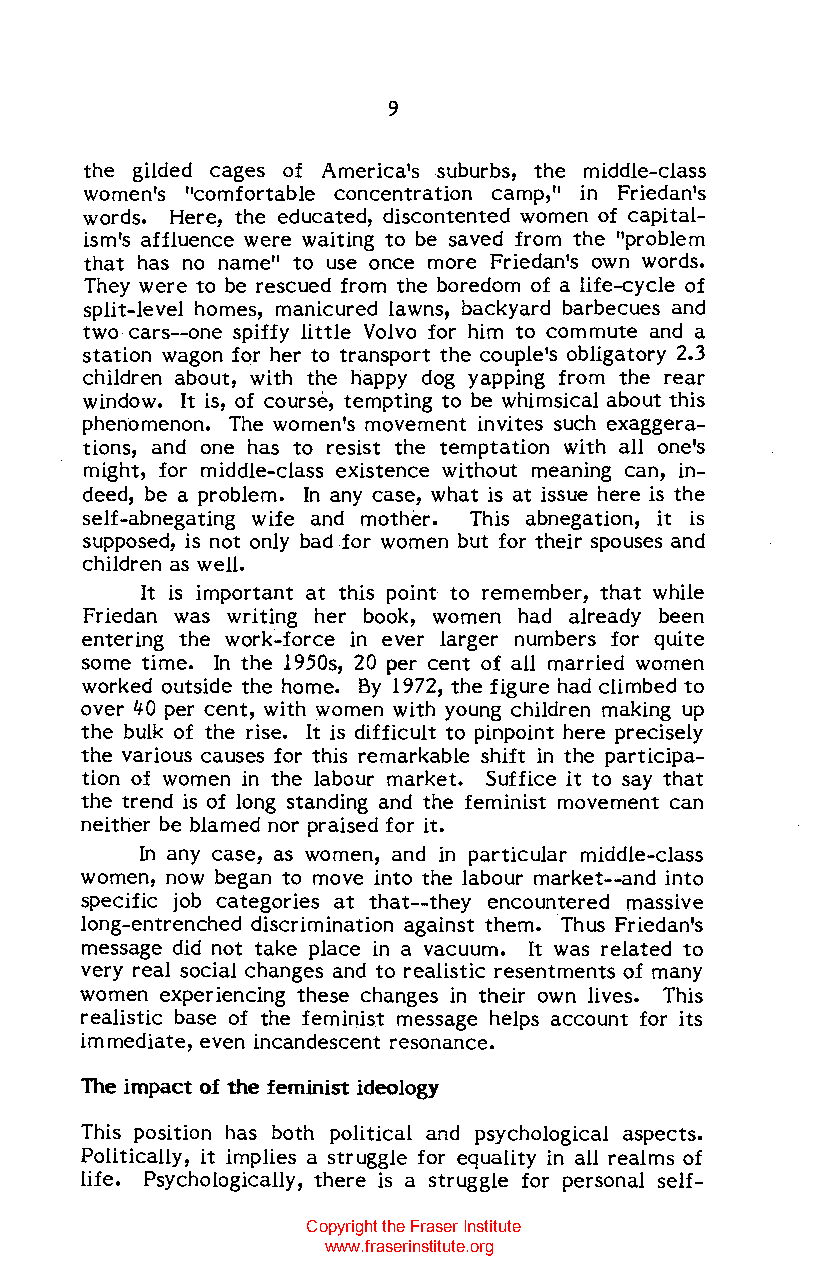
9
 the gilded cages of America's suburbs, the middle-class
 women's "comfortable concentration camp," in Friedan's
 words. Here, the educated, discontented women of capital
 ism's affluence were waiting to be saved from the "problem
 that has no name" to use once more Friedan's own words.
 They were to be rescued from the boredom of a life-cycle of
 split-level homes, manicured lawns, backyard barbecues and
 two cars--one spiffy little Volvo for him to commute and a
 station wagon for her to transport the couple's obligatory 2.3
 children about, with the happy dog yapping from the rear
 window. It is, of course, tempting to be whimsical about this
 phenomenon. The women's movement invites such exaggera
 tions, and one has to resist the temptation with all one's
 might, for middle-class existence without meaning can, in
 deed, be a problem. In any case, what is at issue here is the
 self-abnegating wife and mother. This abnegation, it is
 supposed, is not only bad for women but for their spouses and
 children as well.
 It is important at this point to remember, that while
 Friedan was writing her book, women had already been
 entering the work-force in ever larger numbers for quite
 some time. In the 1950s, 20 per cent of all married women
 worked outside the home. By 1972, the figure had climbed to
 over '+0 per cent, with women with young children making up
 the bulk of the rise. It is difficult to pinpoint here precisely
 the various causes for this remarkable shift in the participa
 tion of women in the labour market. Suffice it to say that
 the trend is of long standing and the feminist movement can
 neither be blamed nor praised for it.
 In any case, as women, and in particular middle-class
 women, now began to move into the labour market--and into
 specific job categories at that--they encountered massive
 long-entrenched discrimination against them. Thus Friedan's
 message did not take place in a vacuum. It was related to
 very real social changes and to realistic resentments of many
 women experiencing these changes in their own lives. This
 realistic base of the feminist message helps account for its
 immediate, even incandescent resonance.
 The impact of the feminist ideology
 This position has both political and psychological aspects.
 Politically, it implies a struggle for equality in all realms of
 life. Psychologically, there is a struggle for personal self-
 Copyright the Fraser Institute
 www.fraserinstitute.org